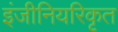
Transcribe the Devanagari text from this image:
इंजीनियरिकृत